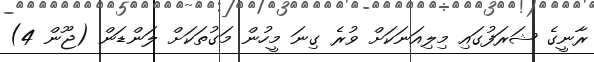
ރާނީގެ ޝަރަފުގައި މިލިއަނަކަށް ވުރެ ގިނަ މީހުން މަގުތަކަށް ލަންޑަން (ޖޫން 4)